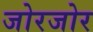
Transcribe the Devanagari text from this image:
जोरजोर